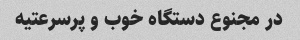
در مجنوع دستگاه خوب و پرسرعتیه